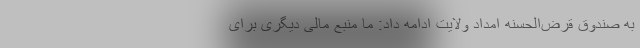
به صندوق قرض‌الحسنه امداد ولایت ادامه داد: ما منبع مالی دیگری برای